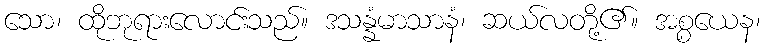
သော၊ ထိုဘုရားလောင်းသည်။ ဒသန္နံမာသာနံ၊ ဆယ်လတို့၏။ အစ္စယေန၊